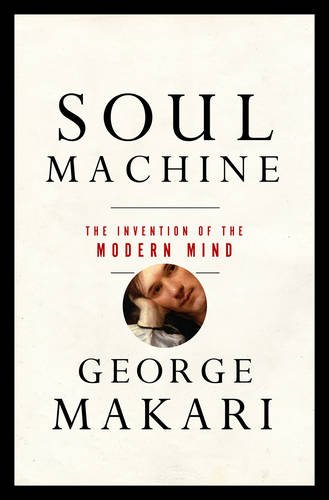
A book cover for Soul Machine: The Invention of the Modern Mind; George Makari; Medical Books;